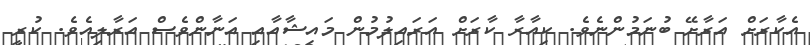
އެކާރަށް އަރާށޭ ބުނަމުންނެވެ. ކިއާރާ ކާރަށް އަރައިލުމުން މައިޝާއާއި އަނާންވެސް އަރާލިއެވެ. ކުރީ